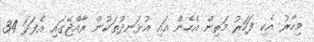
މިހާރު އެކި ފަހަރު މަތިން އެހެން އައި އުޅަނދުތަކުން ރާއްޖޭގައި އެފަދަ 34